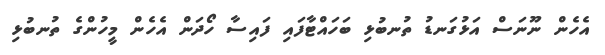
އެހެން ނޫނަސް އަޅުގަނޑު ތުނބުޅި ބަހައްޓާފައި ފައިސާ ހޯދަން އެހެން މީހުންގެ ތުނބުޅި